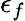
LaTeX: \epsilon_{f}